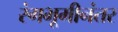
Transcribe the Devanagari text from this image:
रंगभूमीनंतर